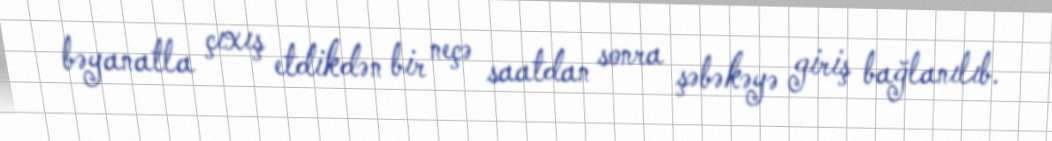
bəyanatla çıxış etdikdən bir neçə saatdan sonra şəbəkəyə giriş bağlanılıb.